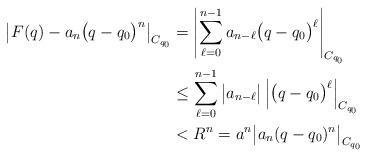
LaTeX: \begin{align*} \big| F(q)-a_n\big(q-q_0\big)^n\big|_{C_{q_0}} &=\left|\sum_{\ell=0}^{n-1} a_{n-\ell}\big(q-q_0\big)^\ell\right|_{C_{q_0}}\\&\leq\sum_{\ell=0}^{n-1} \big|a_{n-\ell}\big| \left|\big(q-q_0\big)^\ell\right|_{C_{q_0}}\\& <R^n =a^n\big|a_n(q-q_0)^n\big|_{C_{q_0}}\end{align*}